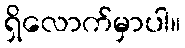
ရှိလောက်မှာပါ။